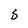
Character: b